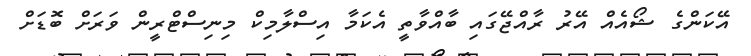
އޭކަންގެ ޝޯއެއް އޭރު ރާއްޖޭގައި ބާއްވާތީ އެކަމާ އިސްލާމިކް މިނިސްޓްރީން ވަރަށް ބޮޑަށް